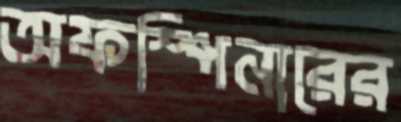
অফস্পিনারের